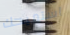
استميحك